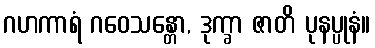
ဂဟကာရံ ဂဝေသန္တော, ဒုက္ခာ ဇာတိ ပုနပ္ပုနံ။